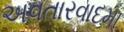
અવતારવાદમા